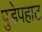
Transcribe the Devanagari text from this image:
पुडेपहाट